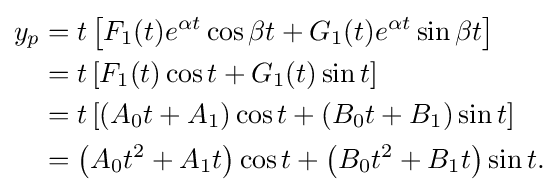
{\begin{aligned}y_{p}&=t\left[F_{1}(t)e^{\alpha t}\cos {\beta t}+G_{1}(t)e^{\alpha t}\sin {\beta t}\right]\\&=t\left[F_{1}(t)\cos t+G_{1}(t)\sin t\right]\\&=t\left[\left(A_{0}t+A_{1}\right)\cos t+\left(B_{0}t+B_{1}\right)\sin t\right]\\&=\left(A_{0}t^{2}+A_{1}t\right)\cos t+\left(B_{0}t^{2}+B_{1}t\right)\sin t.\end{aligned}}